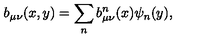
b _ { \mu \nu } ( x , y ) = \sum _ { n } b _ { \mu \nu } ^ { n } ( x ) \psi _ { n } ( y ) ,